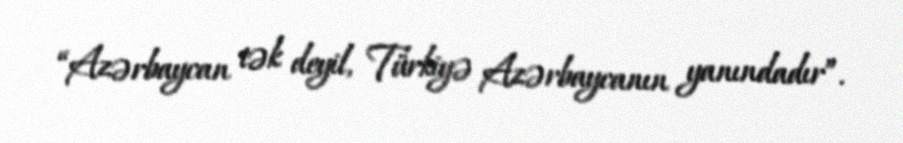
“Azərbaycan tək deyil, Türkiyə Azərbaycanın yanındadır”.